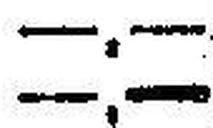
—.—